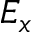
E _ { x }